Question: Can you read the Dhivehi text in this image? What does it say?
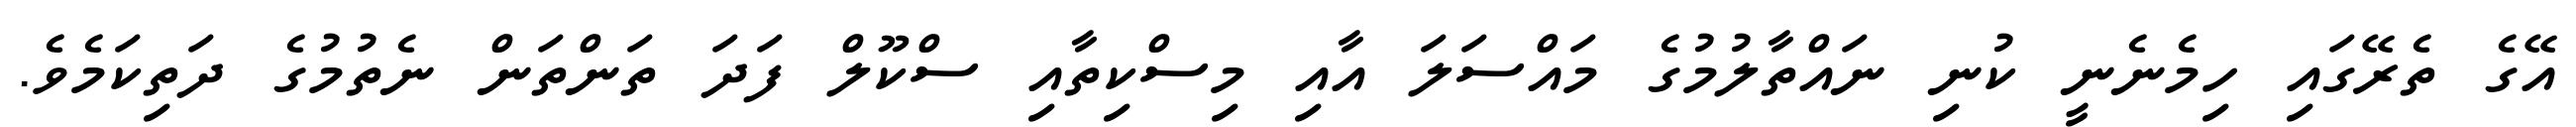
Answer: އޭގެ ތެރޭގައި ހިމެނެނީ ކުނި ނައްތާލުމުގެ މައްސަލަ އާއި މިސްކިތާއި ސްކޫލް ފަދަ ތަންތަން ނެތުމުގެ ދަތިކަމެވެ.